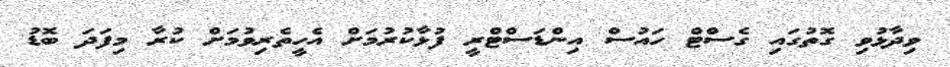
ވިދާޅުވި ގޮތުގައި ގެސްޓް ހައުސް އިންޑަސްޓްރީ ފުޅާކުރުމަށް އެހީތެރިވުމަށް ކުރާ މިފަދަ ބޮޑު